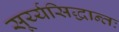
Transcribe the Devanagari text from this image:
सूर्य्यसिद्धान्तः